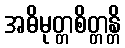
အဓိမုတ္တစိတ္တန္တိ